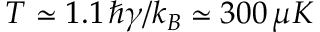
T \simeq 1 . 1 \, \hbar \gamma / k _ { B } \simeq 3 0 0 \, \mu K